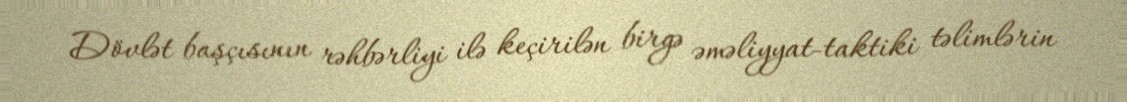
Dövlət başçısının rəhbərliyi ilə keçirilən birgə əməliyyat-taktiki təlimlərin